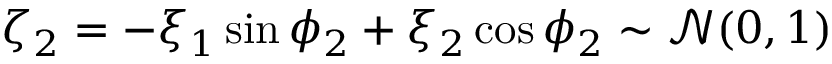
\zeta _ { 2 } = - \xi _ { 1 } \sin \phi _ { 2 } + \xi _ { 2 } \cos \phi _ { 2 } \sim \mathcal { N } ( 0 , 1 )